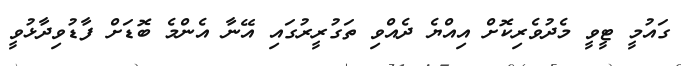
ގައުމީ ޓީވީ މެދުވެރިކޮށް އިއްޔެ ދެއްވި ތަގުރީރުގައި އޭނާ އެންމެ ބޮޑަށް ފާޑުވިދާޅުވީ